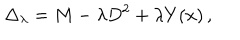
\Delta _ { \lambda } = M - \lambda D ^ { 2 } + \lambda Y ( x ) \, ,